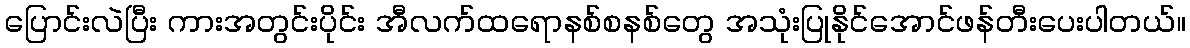
ပြောင်းလဲပြီး ကားအတွင်းပိုင်း အီလက်ထရောနစ်စနစ်တွေ အသုံးပြုနိုင်အောင်ဖန်တီးပေးပါတယ်။